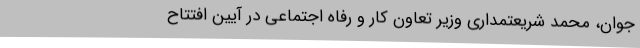
جوان، محمد شریعتمداری وزیر تعاون کار و رفاه اجتماعی در آیین افتتاح